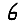
Digit: 6